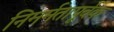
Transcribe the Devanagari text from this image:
निमर्मतापूर्वक